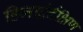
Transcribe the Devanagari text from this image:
हिमाद्रेर्दक्षिण